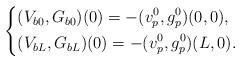
LaTeX: \begin{align*}\left \{\begin{aligned}&(V_{b0},G_{b0})(0)=-(v^0_p,g^0_p)(0,0),\\&(V_{bL},G_{bL})(0)=-(v^0_p,g^0_p)(L,0).\end{aligned}\right.\end{align*}